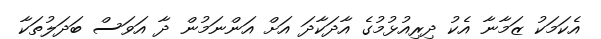
އެކަމަކު ޒަމާނާ އެކު ދިރިއުޅުމުގެ އާދަކާދަ އަށް އަންނަމުން ދާ އަވަސް ބަދަލުތަކާ